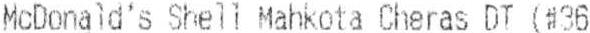
MCDONALD'S SHELL MAHKOTA CHERAS DT (#36